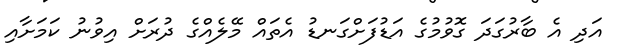
އަދި އެ ބާރުގަދަ ގޮވުމުގެ އަޑުފަށްގަނޑު އެތައް މޭލެއްގެ ދުރަށް އިވުނު ކަމަށާއި